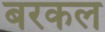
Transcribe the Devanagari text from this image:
बरकल